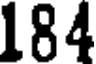
184